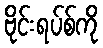
ဗိုင်းရပ်စ်ကို